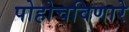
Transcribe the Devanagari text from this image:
पोहोचविणारे